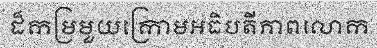
ដ៏កម្រមួយក្រោមអធិបតីភាពលោក